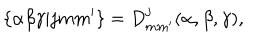
\{ \alpha \beta \gamma | j m m ^ { \prime } \} = D _ { m m ^ { \prime } } ^ { j } ( \alpha , \beta , \gamma ) ,